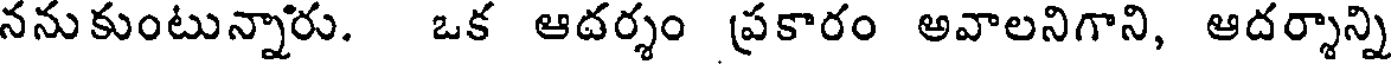
ననుకుంటున్నారు. ఒక ఆదర్శం ప్రకారం అవాలనిగాని, ఆదర్శాన్ని